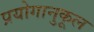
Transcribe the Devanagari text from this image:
प्रयोगानुकूल